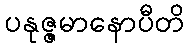
ပနုဇ္ဇမာနောပီတိ